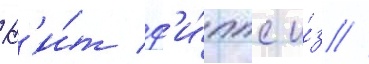
К'и́т ф'и́ппс и́з //